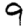
Digit: 9